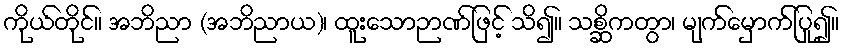
ကိုယ်တိုင်။ အဘိညာ (အဘိညာယ)၊ ထူးသောဉာဏ်ဖြင့် သိ၍။ သစ္ဆိကတွာ၊ မျက်မှောက်ပြု၍။